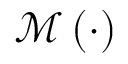
\mathcal { M } \left( \cdot \right)